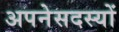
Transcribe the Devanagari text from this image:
अपनेसदस्यों